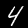
Digit: 4